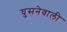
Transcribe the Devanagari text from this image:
घुसनेवाली